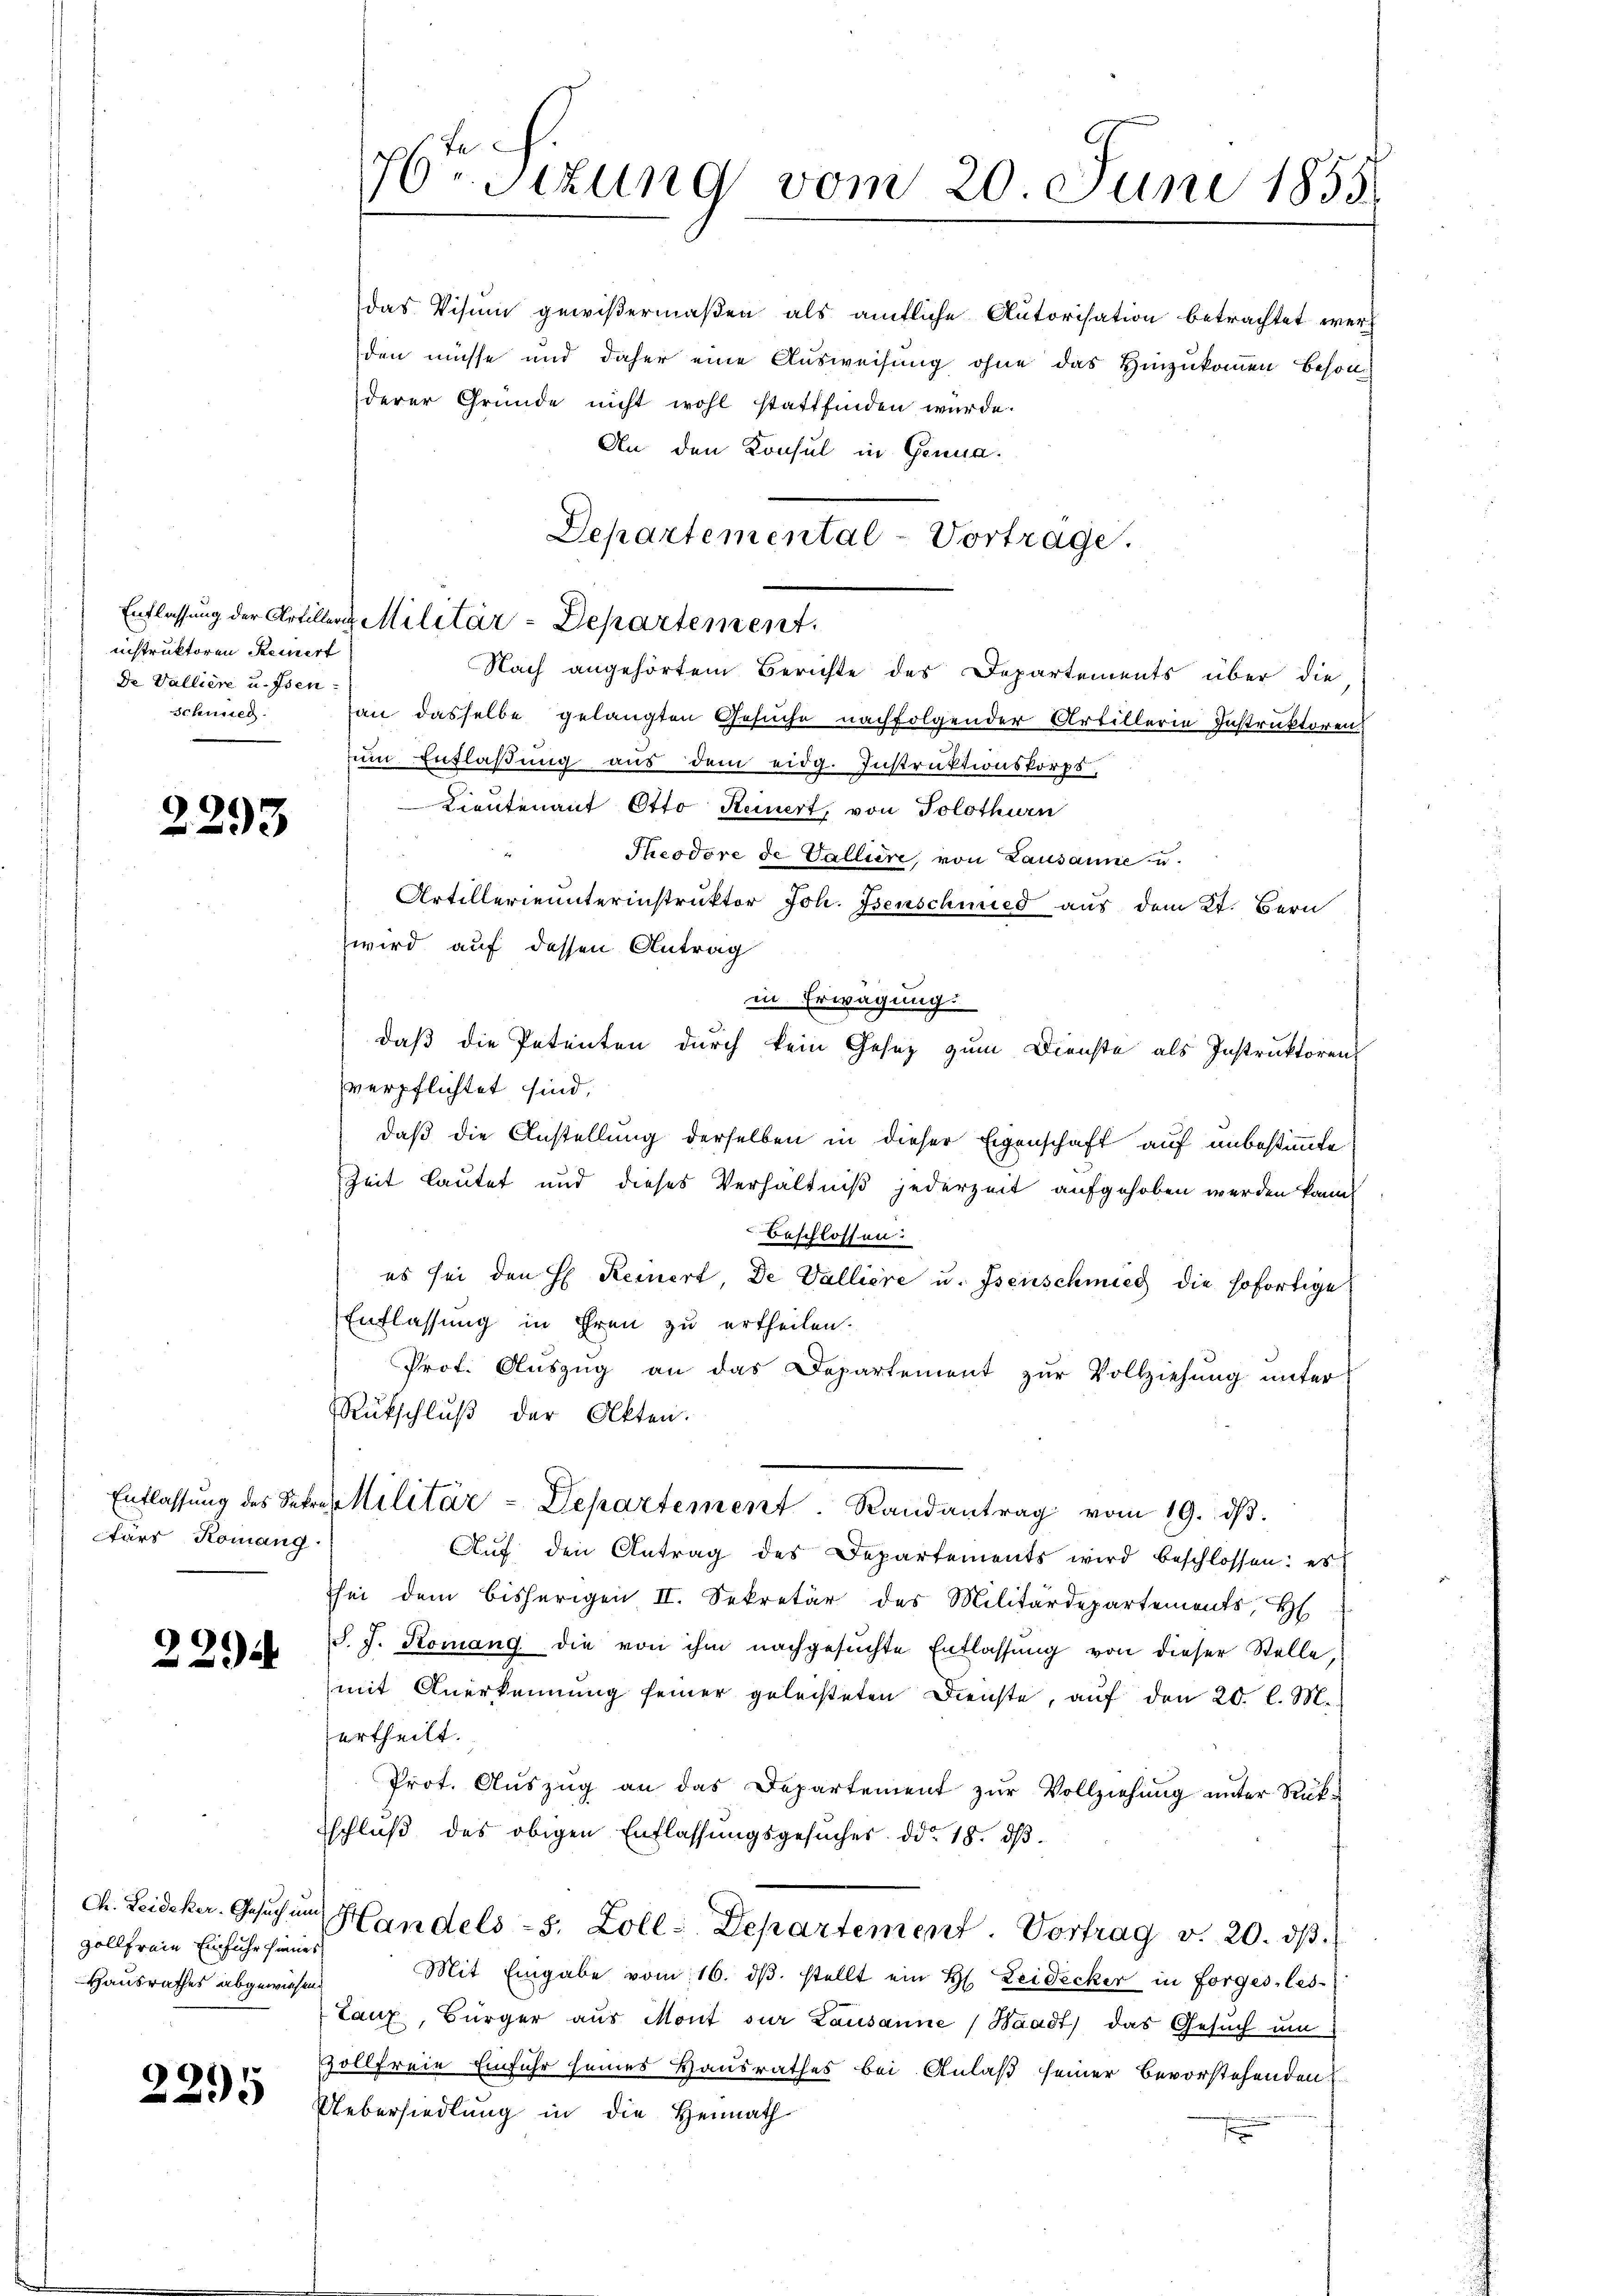
nistruktoren Reinert
De Vallier u. Isen¬
Schmied

2293

tärs Romang

229

Chr. Leideker-Gesuch um
zollfreie Einfuhr finier
Hausrathes abgewiesend

2295

das Visum gewißermaßen als amtliche Autorisation betrachtet werden müsse und daher eine Ausweisung ohne das Hinzukommen besonderer Gründe nicht wohl stattfinden würde.
An den Konsul in Genua
an dasselbe gelangten Gesuche nachfolgender Artillerie Instruktoren
um Entlaßung aus dem eidg. Instruktionskorps
Lieutenant Otto Keinert, von Solothurn
Theodore de Vallière, von Lausanne u.
Artillerieunterinstruktor Joh. Isenschmied aus dem 2t. Bern
wird auf dessen Antrag
in Erwägung.
daß die Petenten durch kein Gesetz zum Dienste als Instruktoren
verpflichtet sind,
daß die Anstellung derselben in dieser Eigenschaft auf unbestimmte
Zeit lautet und dieses Verhältniß jederzeit aufgehoben werden kann.
Beschlossen.
es sei den H. Reinert, de Valliere u. Isenschmieg die sofortige
Entlassung in Ehren zu ertheilen.
Prot. Auszug an das Departement zur Vollziehung unter
Rükschluß der Akten.
Entlassŭng des Sekres Militär-Departement. Randantrag vom 19. dβ.
Aŭf den Antrag des Departements wird beschlossen: es
hei dem bisherigen II. Sekretär des Militärdepartements, H
J. J. Komang die von ihm nachgesŭchte Entlassŭng von dieser Stelle,
(mit Anerkennung seiner geleisteten Dienste, auf den 20. l. M.
zurtheilt.
Prot. Aŭszŭg an das Departement zŭr Vollziehŭng ŭnter Rück-
schluß des obigen Entlassungsgesuches. ddo 18. dβ.
Handels-S. Zoll-Departement. Vortrag v. 20. dβ.
Mit Eingabe vom 16. dβ. stellt ein H. Leidecker in forges, les-
Lanz, Bürger aŭs Mont sur Lausanne Waadt) das Gesŭch ŭm
svollfreie Einfuhr seines Hausrathes bei Anlaß seiner Bevorstehenden
Uebersiedlung in die Heimath

76 Sizung vom 20. Juni 1855
s

Entlassung der Artiller Militär-Departement

Departemental-Vortrage.
Nach angehörtem Berichte des Departements über die